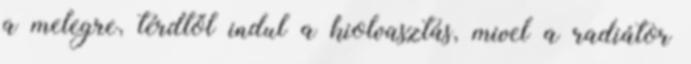
a melegre, térdtől indul a kiolvasztás, mivel a radiátor